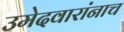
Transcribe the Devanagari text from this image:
उमेदवारांनाच